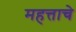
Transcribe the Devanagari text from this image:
महत्ताचे